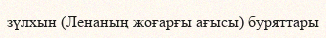
зүлхын (Ленаның жоғарғы ағысы) буряттары